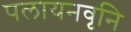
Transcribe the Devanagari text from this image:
पलायनवृनि